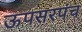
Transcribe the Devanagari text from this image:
ऊपसरपंच